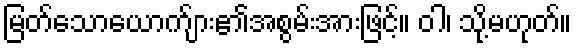
မြတ်သောယောက်ျား၏အစွမ်းအားဖြင့်။ ဝါ၊ သို့မဟုတ်။